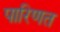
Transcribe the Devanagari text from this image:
पारिणत